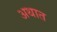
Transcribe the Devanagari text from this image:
अथात